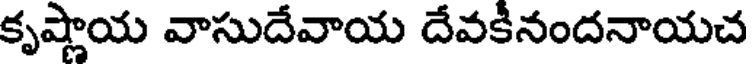
కృష్ణాయ వాసుదేవాయ దేవకీనందనాయచ